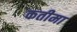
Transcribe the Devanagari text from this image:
कतीमा